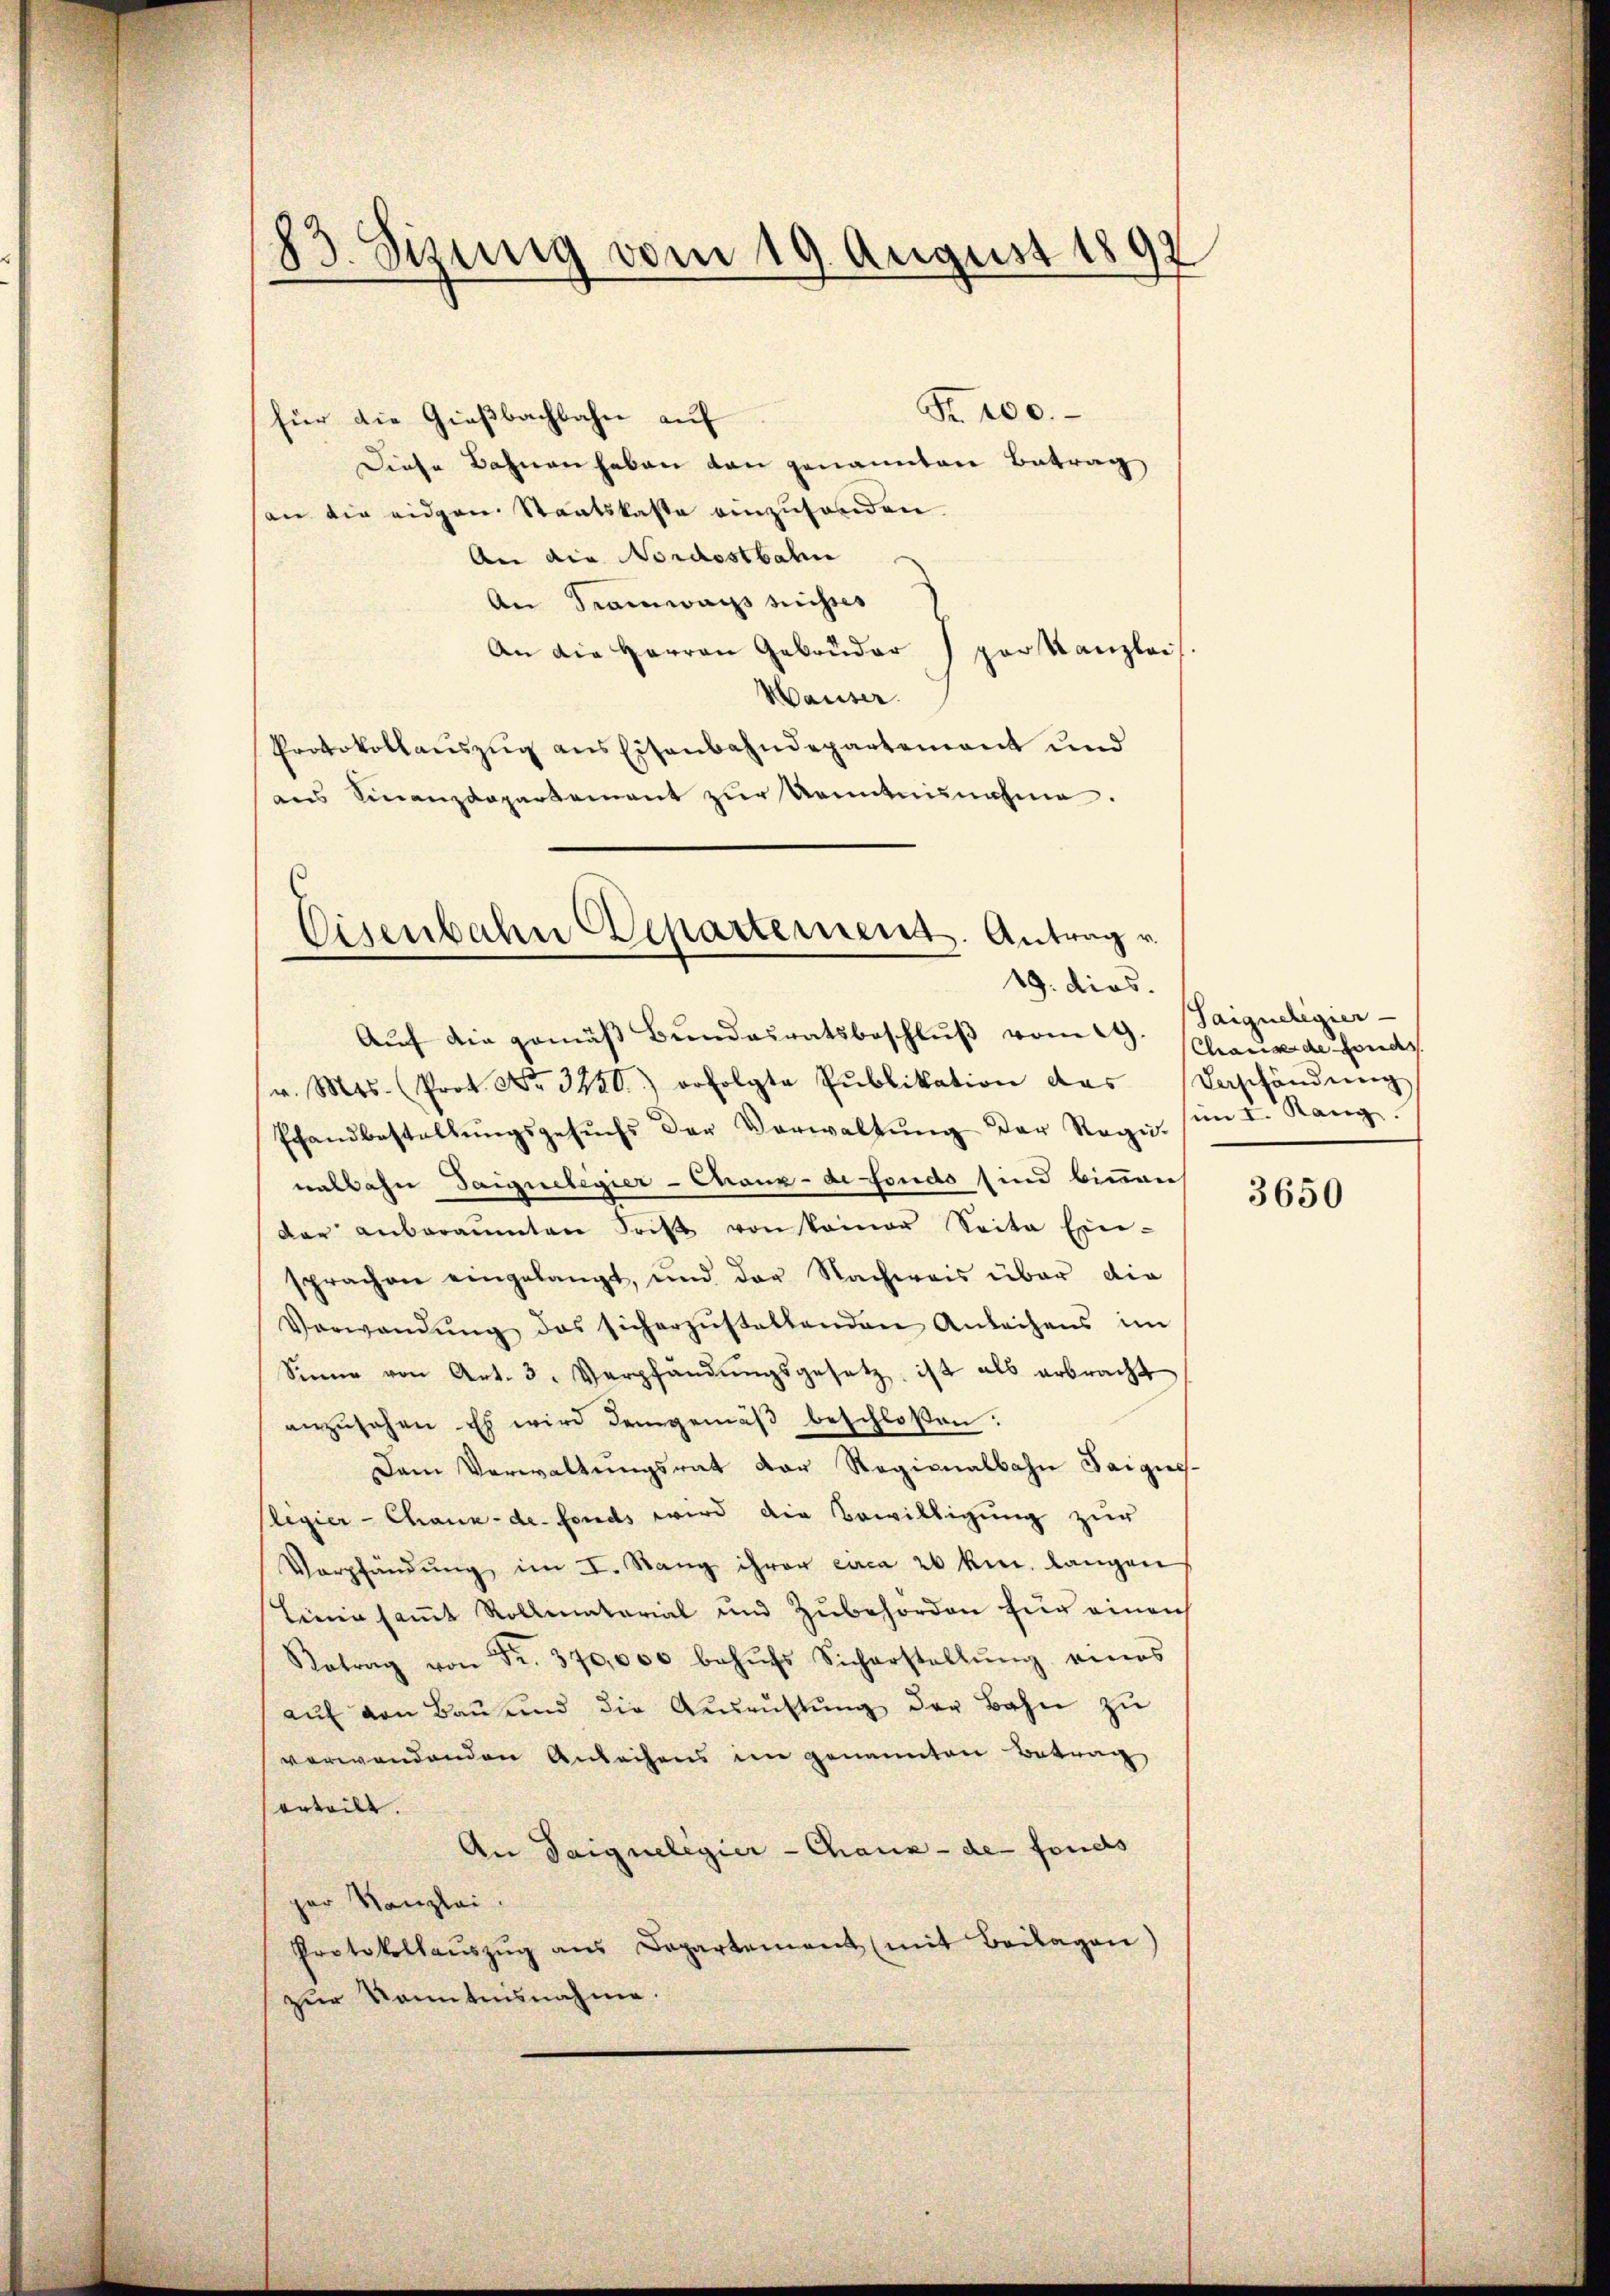
83. Sizung vom 19. August 1890
¬

Fr. 100.
für die Gießbachbahn auf
Diese Bahnen haben von genannten Betrag
(an die eidgen. Staatskaste einzusenden.
An die Nordostbahn
An Tramwais nichtes
An die Herren Gebrüder par Kanzlei
Hauser.
Protokollauszug aus Eisenbahndepartement und
ans Finanzdepartement zur Kenntnisnahme.

v. Mts. (Prot. No. 3230.) erfolgte Pŭblikation des Beschändŭng,
Pfandbestellŭngsgesŭchs der Verwaltŭng der Regu. (im I. Rang.
nalbahn Saiguelegier-Chaux-de fondo sind binnen
dar anberaumten Frist von keiner Seite Ein-
sprachen eingelangt, und der Nachweis über die
Verwandŭng des sicherzŭstellenden Anleihens im
Sinne von Art. 3. Verpfändŭngsgesetz ist als erbracht
anzŭsehen. Es wird demgemäβ beschloßen:
Dam Verwaltŭngsrat der Regionalbahn Taigis-
slegier-Chaux-de-Fonds wird die Bewilligung zur
Verpfändŭng im I. Rang ihrer circa 20 km. langen
Leine samt Rollmatarial und Zubehörden für einen
Retrag von Fr. 370,000 behŭfs Sicherstellŭng eines
aŭf von Baŭŭnd die Aŭsrŭftŭng der Bahn zŭ
verwendenden Anleihens im genannten Betrag
erteilt.
An Saigneligier-Chaux-de- fonds
per Kanzlei.
Protokollaŭszŭg ans Departement (mit Beilagen)
zur kanntensnahme.

Cisenbahn Departement. Antrag v.
19. dies.
Aŭf die gemäβ Bŭndesratsbeschlŭβ vom 19. (Saigueligier

Chaus de fonds

3650